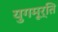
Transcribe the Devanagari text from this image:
युगमूर्ति